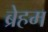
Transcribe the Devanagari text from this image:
ब्रेहम